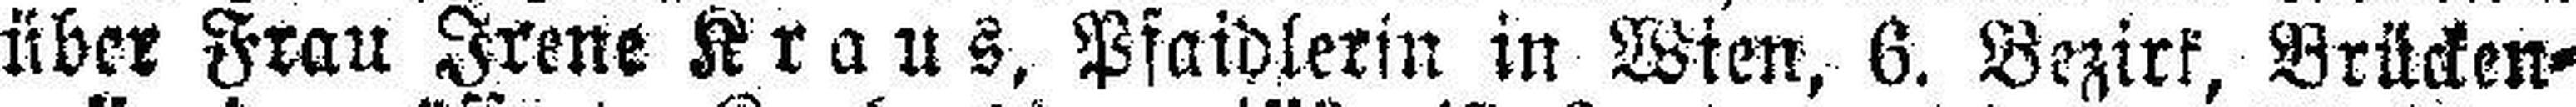
über Frau Irene Kraus, Pfaidlerin in Wien, 6. Bezirk, Brücken¬